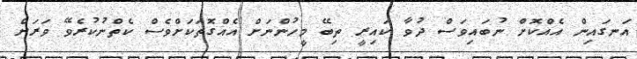
އަނގައިން އެއްކޮށް ނުބައިވަސް ދުވާ ކައިރީ ތިބޭ މީހުންނަށް އެއްގޮތަކަށްވެސް ކެތްނުކުރެވޭ ވަރަށް